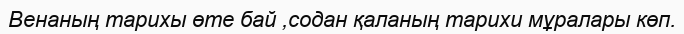
Венаның тарихы өте бай ,содан қаланың тарихи мұралары көп.